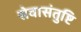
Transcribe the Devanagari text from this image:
सेवासंतुष्टि